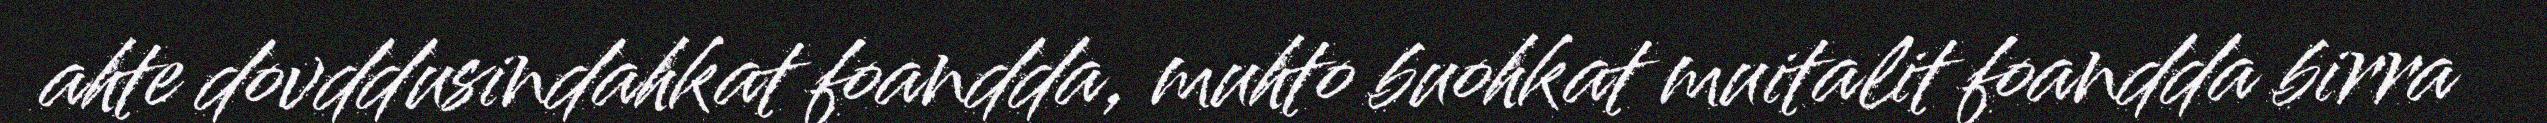
ahte dovddusindahkat foandda, muhto buohkat muitalit foandda birra